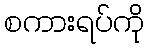
စကားရပ်ကို